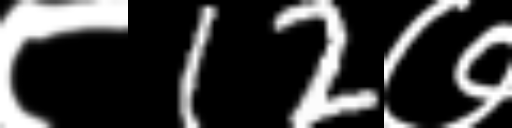
Text: ८12७